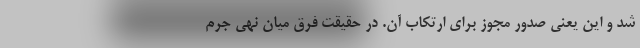
شد و این یعنی صدور مجوز برای ارتکاب آن. در حقیقت فرق میان نهی جرم